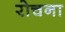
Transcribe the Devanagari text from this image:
रोचना